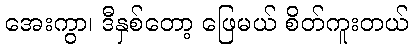
အေးကွာ၊ ဒီနှစ်တော့ ဖြေမယ် စိတ်ကူးတယ်